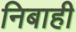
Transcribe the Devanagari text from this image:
निबाही